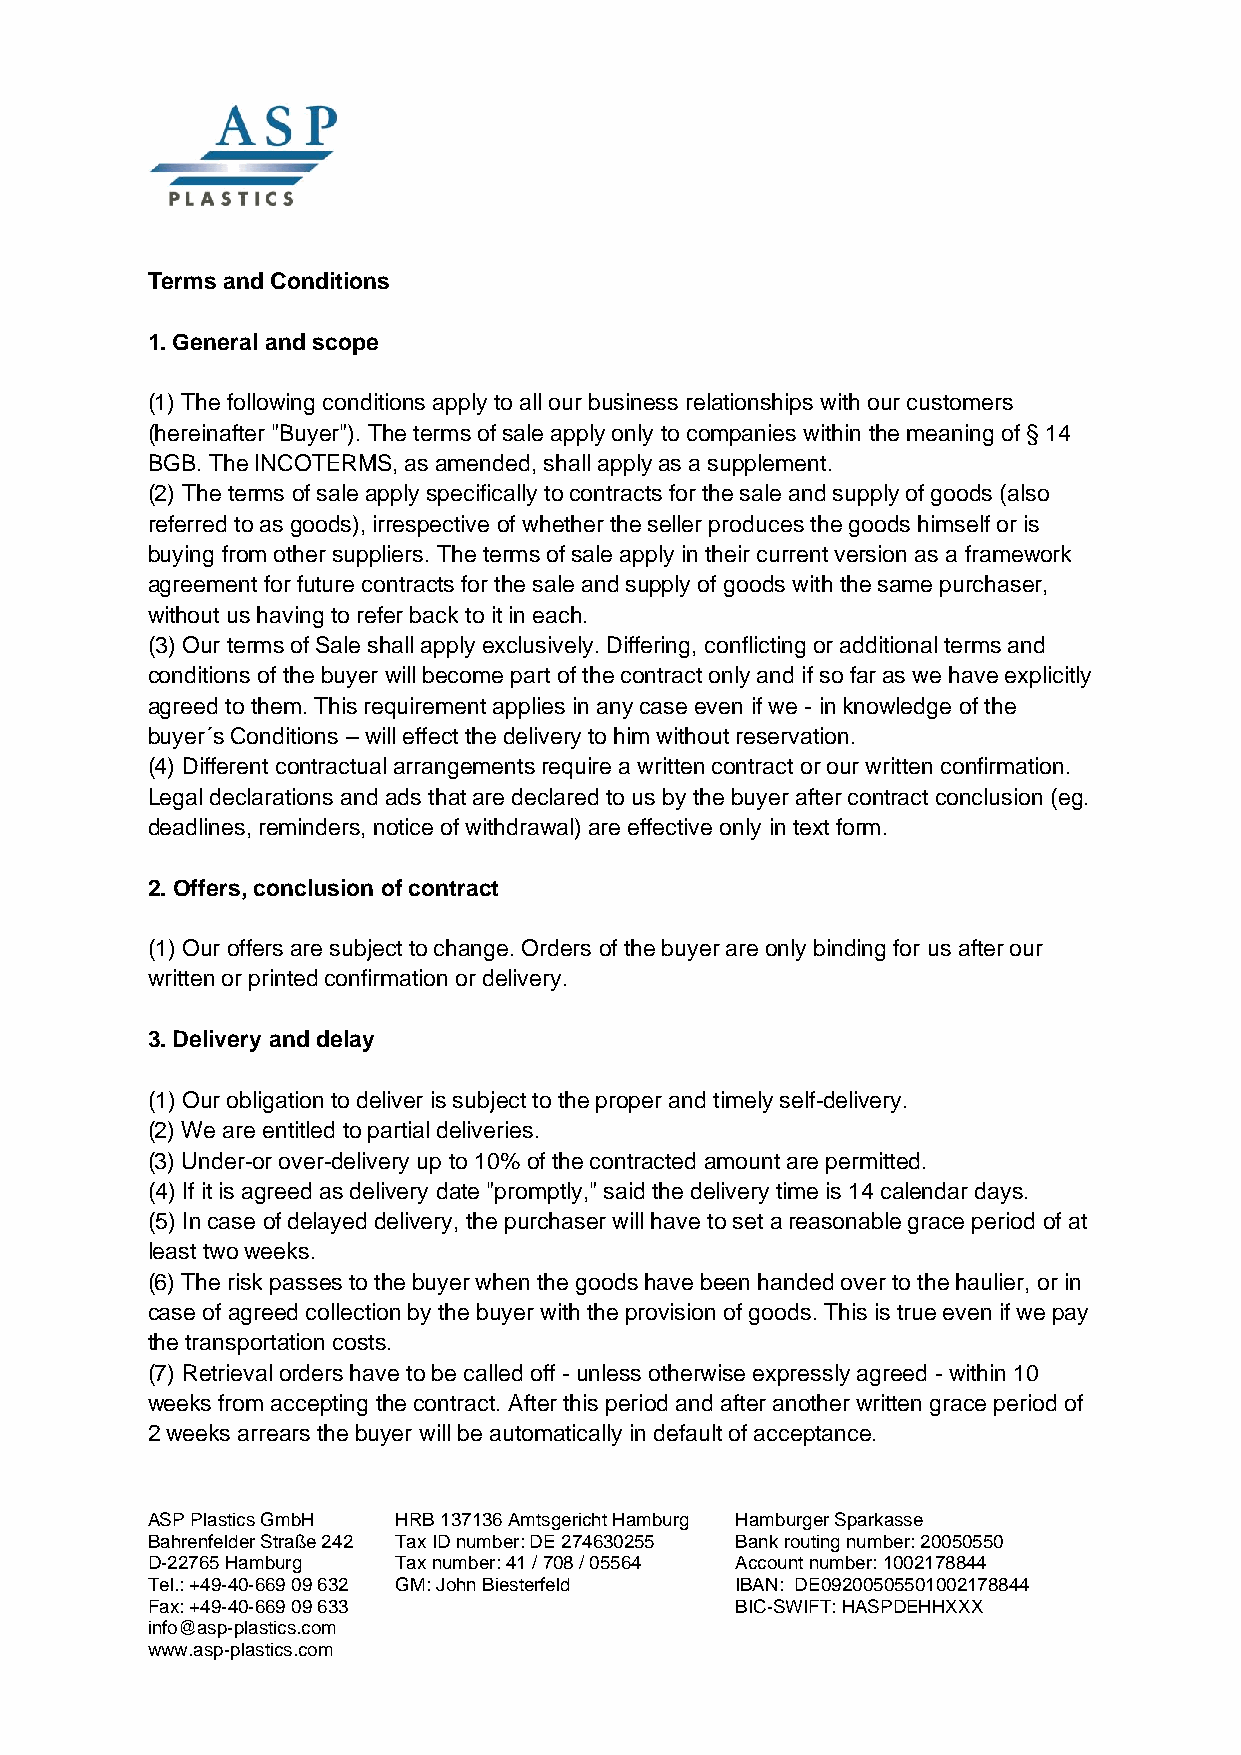
Terms and Conditions
 1. General and scope
 (1) The following conditions apply to all our business relationships with our customers
 (hereinafter "Buyer"). The terms of sale apply only to companies within the meaning of § 14
 BGB. The INCOTERMS, as amended, shall apply as a supplement.
 (2) The terms of sale apply specifically to contracts for the sale and supply of goods (also
 referred to as goods), irrespective of whether the seller produces the goods himself or is
 buying from other suppliers. The terms of sale apply in their current version as a framework
 agreement for future contracts for the sale and supply of goods with the same purchaser,
 without us having to refer back to it in each.
 (3) Our terms of Sale shall apply exclusively. Differing, conflicting or additional terms and
 conditions of the buyer will become part of the contract only and if so far as we have explicitly
 agreed to them. This requirement applies in any case even if we - in knowledge of the
 buyer´s Conditions – will effect the delivery to him without reservation.
 (4) Different contractual arrangements require a written contract or our written confirmation.
 Legal declarations and ads that are declared to us by the buyer after contract conclusion (eg.
 deadlines, reminders, notice of withdrawal) are effective only in text form.
 2. Offers, conclusion of contract
 (1) Our offers are subject to change. Orders of the buyer are only binding for us after our
 written or printed confirmation or delivery.
 3. Delivery and delay
 (1) Our obligation to deliver is subject to the proper and timely self-delivery.
 (2) We are entitled to partial deliveries.
 (3) Under-or over-delivery up to 10% of the contracted amount are permitted.
 (4) If it is agreed as delivery date "promptly," said the delivery time is 14 calendar days.
 (5) In case of delayed delivery, the purchaser will have to set a reasonable grace period of at
 least two weeks.
 (6) The risk passes to the buyer when the goods have been handed over to the haulier, or in
 case of agreed collection by the buyer with the provision of goods. This is true even if we pay
 the transportation costs.
 (7) Retrieval orders have to be called off - unless otherwise expressly agreed - within 10
 weeks from accepting the contract. After this period and after another written grace period of
 2 weeks arrears the buyer will be automatically in default of acceptance.
 ASP Plastics GmbH HRB 137136 Amtsgericht Hamburg Hamburger Sparkasse
 Bahrenfelder Straße 242 Tax ID number: DE 274630255 Bank routing number: 20050550
 D-22765 Hamburg Tax number: 41 / 708 / 055 64 Account number: 1002178844
 Tel.: +49-40-669 09 632 GM: John Biesterfeld IBAN: DE09200505501002178844
 Fax: +49-40-669 09 633                 BIC-SWIFT: HASPDEHHXXX
 info@asp-plastics.com
 www.asp-plastics.com